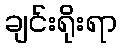
ချင်းရိုးရာ